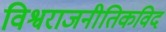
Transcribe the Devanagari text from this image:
विश्वराजनीतिकविद